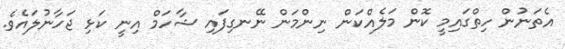
އެތަނުން ހިތްގައިމީ ކޮން މަލެއްކަން ނިންމަން ނޭނގިފައި ޝާހަމް އިނީ ކަޅި ޖަހާނުލައެވެ.